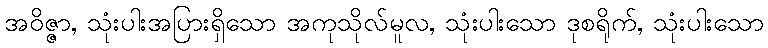
အဝိဇ္ဇာ, သုံးပါးအပြားရှိသော အကုသိုလ်မူလ, သုံးပါးသော ဒုစရိုက်, သုံးပါးသော